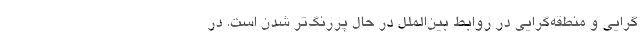
گرایی و منطقه‌گرایی در روابط بین‌الملل در حال پررنگ‌تر شدن است. در